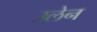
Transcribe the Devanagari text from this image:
उलेन